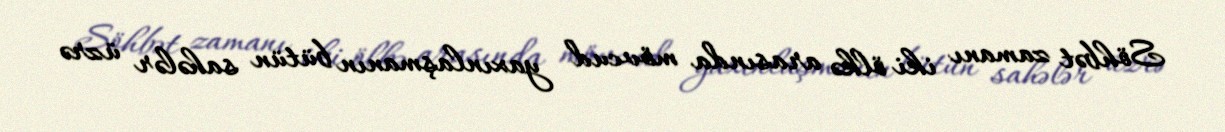
Söhbət zamanı iki ölkə arasında mövcud yaxınlaşmanın bütün sahələr üzrə